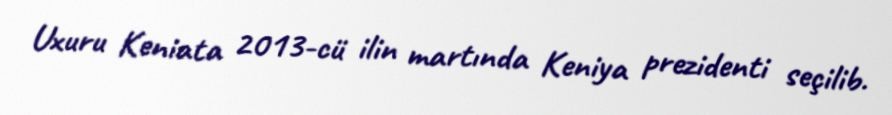
Uxuru Keniata 2013-cü ilin martında Keniya prezidenti seçilib.